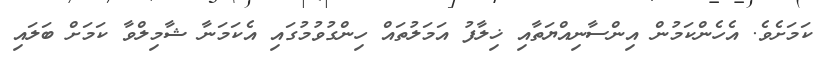
ކަމަށެވެ. އެހެންކަމުން އިންސާނިއްޔަތާއި ޚިލާފު އަމަލުތައް ހިންގުވުމުގައި އެކަމަނާ ޝާމިލްވާ ކަމަށް ބަލައި